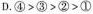
D.$$④ > ③ > ② > ①$$